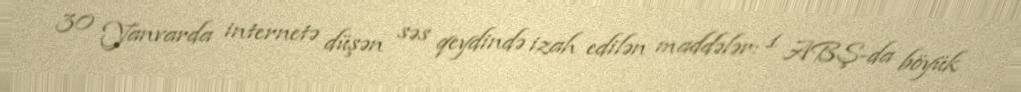
30 Yanvarda internetə düşən səs qeydində izah edilən maddələr: 1 ABŞ-da böyük